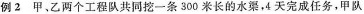
例2 甲乙两个工程队共同挖一条300米长的水渠，4天完成任务，甲队